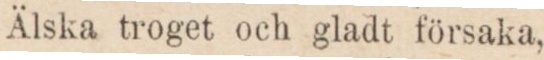
Älska troget och gladt försaka,